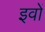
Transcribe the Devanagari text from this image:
इवों